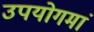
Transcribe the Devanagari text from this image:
उपयोगमां